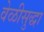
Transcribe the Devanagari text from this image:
वेळीसुद्धा